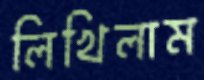
লিখিলাম